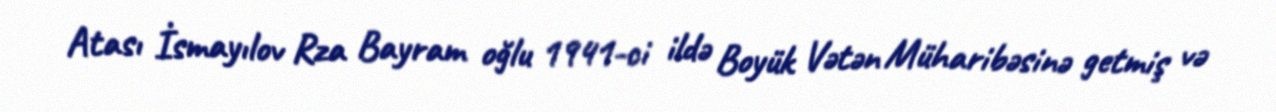
Atası İsmayılov Rza Bayram oğlu 1941-ci ildə Boyük Vətən Müharibəsinə getmiş və